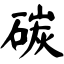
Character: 碳